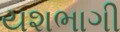
યશભાગી